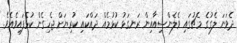
ދެވަނަ ލެގުގެ މެޗުގައި ވެލެންސިއާއިން ރަނގަޅު ކުޅުމެއް ދައްކައި ކުރިޔަށް ޖެހިގެން ކުޅެފައިވެއެވެ.